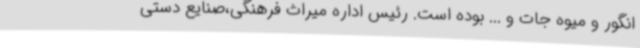
انگور و میوه جات و ... بوده است. رئیس اداره میراث فرهنگی،صنایع دستی